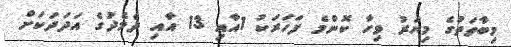
މިބާވަތުގެ މިޔަރު ވިހާ ކޮންމެ ފަހަރަކު 1އާއި 13 އާއި ދެެމެދުގެ އަދަދަަކަށް